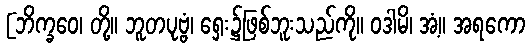
[ဘိက္ခဝေ၊ တို့။ ဘူတပုဗ္ဗံ၊ ရှေး၌ဖြစ်ဘူးသည်ကို။ ဝဒါမိ၊ အံ့။ အရကော